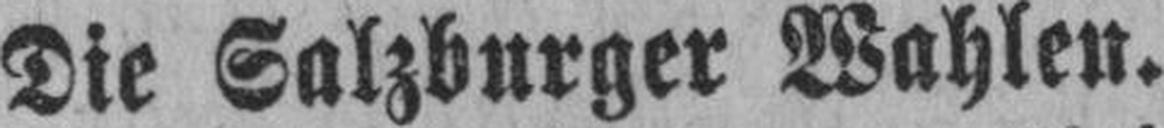
Die Salzburger Wahlen.